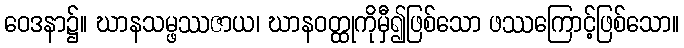
ဝေဒနာ၌။ ဃာနသမ္ဖဿဇာယ၊ ဃာနဝတ္ထုကိုမှီ၍ဖြစ်သော ဖဿကြောင့်ဖြစ်သော။